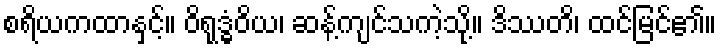
စရိယကထာနှင့်။ ဝိရုဒ္ဓံဝိယ၊ ဆန့်ကျင်သကဲ့သို့။ ဒိဿတိ၊ ထင်မြင်၏။